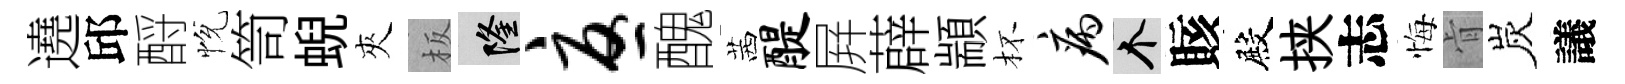
遶邱酹恱笥蜺夾板隆忧醜茜醍屛薜顓杯病个賅殿挟志悔肻炭議